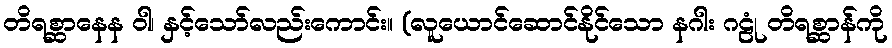
တိရစ္ဆာနေန ဝါ၊ နှင့်သော်လည်းကောင်း။ (လူယောင်ဆောင်နိုင်သော နဂါး ဂဠုံ တိရစ္ဆာန်ကို